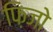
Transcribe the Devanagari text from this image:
फ़िजो